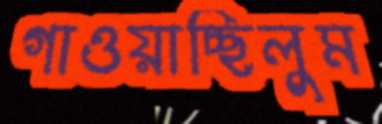
গাওয়াচ্ছিলুম